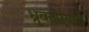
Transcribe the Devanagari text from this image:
ध्रुवताऱ्याचे